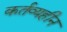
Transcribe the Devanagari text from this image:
कर्तव्यहीन